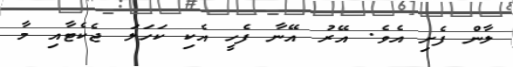
ލާން ފެށި އެވެ. އޭރު އޭނާ ފެހީ އެކި ކަހަލަ ޖެކެޓާއި މާ